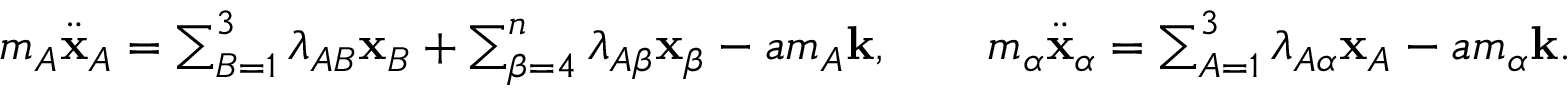
\begin{array} { r } { m _ { A } \ddot { \bf x } _ { A } = \sum _ { B = 1 } ^ { 3 } \lambda _ { A B } { \bf x } _ { B } + \sum _ { \beta = 4 } ^ { n } \lambda _ { A \beta } { \bf x } _ { \beta } - a m _ { A } { \bf k } , \qquad m _ { \alpha } \ddot { \bf x } _ { \alpha } = \sum _ { A = 1 } ^ { 3 } \lambda _ { A \alpha } { \bf x } _ { A } - a m _ { \alpha } { \bf k } . } \end{array}